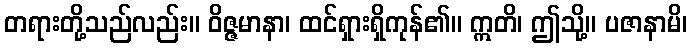
တရားတို့သည်လည်း။ ဝိဇ္ဇမာနာ၊ ထင်ရှားရှိကုန်၏။ ဣတိ၊ ဤသို့။ ပဇာနာမိ၊